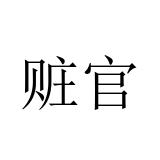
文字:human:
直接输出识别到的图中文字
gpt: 赃官